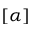
[ \alpha ]